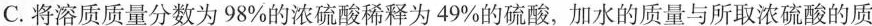
C.将溶质质量分数为98%的浓硫酸稀释为49%的硫酸，加水的质量与所取浓硫酸的质